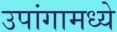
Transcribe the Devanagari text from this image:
उपांगामध्ये